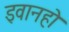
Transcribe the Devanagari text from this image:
इवानहो